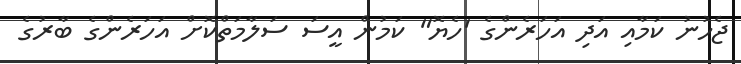
ޖެހުނު ކަމާއި އަދި އަހަރެންގެ 'ހެޔޮ" ކަމުން އީސަ ސަލާމަތްކޮށް އަހަރެންގެ ބާރުގެ